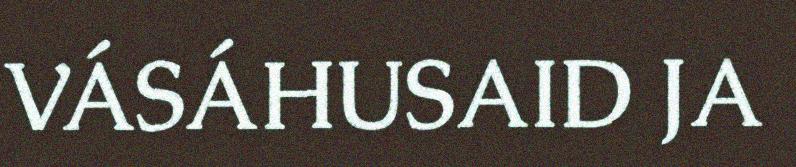
VÁSÁHUSAID JA